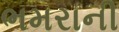
ભમરાની